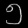
Digit: ၅